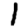
Digit: 1